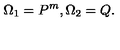
\Omega _ { 1 } = P ^ { m } , \Omega _ { 2 } = Q .